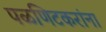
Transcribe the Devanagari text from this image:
पळणिटकरांना